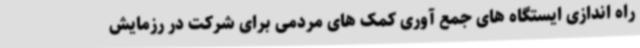
راه اندازی ایستگاه های جمع آوری کمک های مردمی برای شرکت در رزمایش